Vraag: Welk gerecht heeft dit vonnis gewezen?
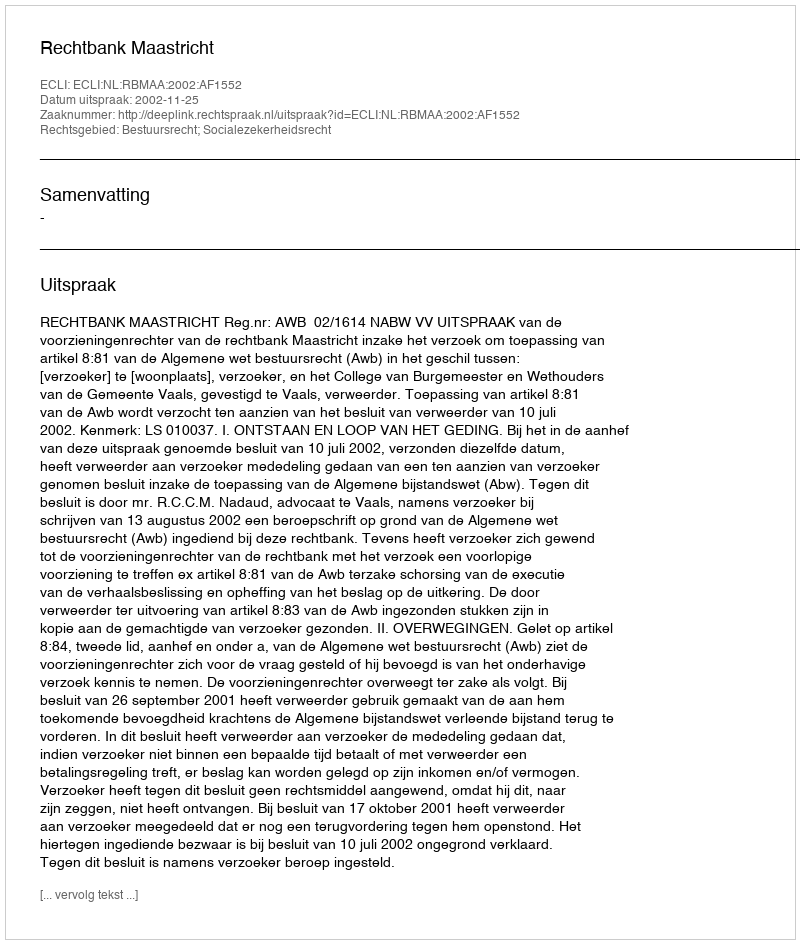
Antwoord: Rechtbank Maastricht